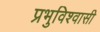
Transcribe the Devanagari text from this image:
प्रभुविश्वासी